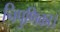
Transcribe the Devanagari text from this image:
निपुणिका।